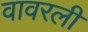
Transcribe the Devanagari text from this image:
वावरली